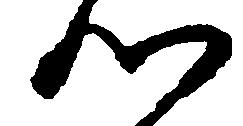
つ